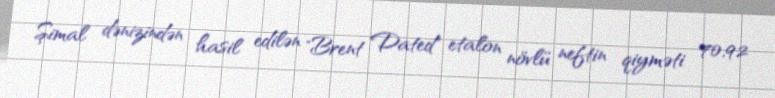
Şimal dənizindən hasil edilən "Brent Dated" etalon növlü neftin qiyməti 70,92